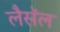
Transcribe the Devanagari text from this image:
लैसॅल